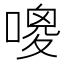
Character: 𠻦